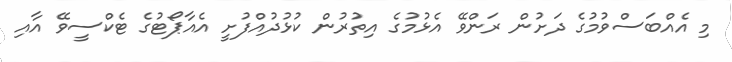
މި އެއްބަސްވުމުގެ ދަށުން ރަންވޭ އެޅުމުގެ އިތުރުން ކުޅުދުއްފުށީ އެއާޕޯޓުގެ ޓެކްސީވޭ އާއި